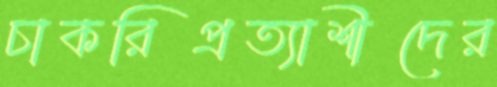
চাকরিপ্রত্যাশীদের